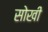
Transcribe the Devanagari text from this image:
सोखी